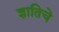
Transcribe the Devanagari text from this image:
ज्ञातिचे